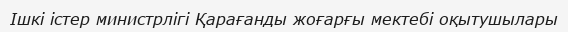
Ішкі істер министрлігі Қарағанды жоғарғы мектебі оқытушылары